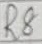
Text: R8